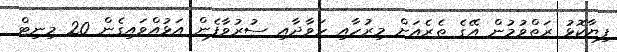
ފިޔާކޮޅު ރަތްވުމުން އޭގެ ތެރެއަށް މިރުހާއި ހަވާދާއި ސުރުވާފެން އަޅުއްވައިގެން 20 މިނިޓް